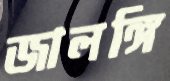
জালঙ্গি